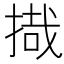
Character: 𰔈